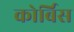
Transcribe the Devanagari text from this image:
कोर्बिस